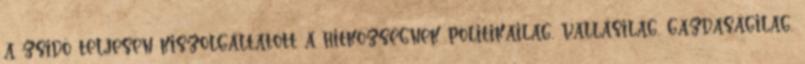
a zsidó teljesen kiszolgáltatott a hitközségnek politikailag, vallásilag, gazdaságilag,